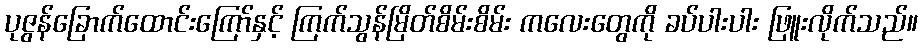
ပုဇွန်ခြောက်ထောင်းကြော်နှင့် ကြက်သွန်မြိတ်စိမ်းစိမ်း ကလေးတွေကို ခပ်ပါးပါး ဖြူးလိုက်သည်။